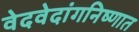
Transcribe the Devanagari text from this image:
वेदवेदांगनिष्णात